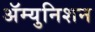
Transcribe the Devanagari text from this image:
ॲम्युनिशन